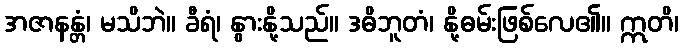
အဇာနန္တံ၊ မသိဘဲ။ ခီရံ၊ နွားနို့သည်။ ဒဓိဘူတံ၊ နို့ဓမ်းဖြစ်လေ၏။ ဣတိ၊